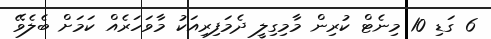
6 ގަޑި 10 މިނެޓް ކުރިން މާމިގިލީ ދެމަފިރިއަކު މާވަހަރެއް ކަމަށް ބެލެވޭ